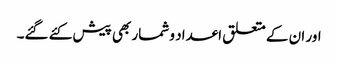
اور ان کے متعلق اعداد و شمار بھی پیش کئے گئے۔